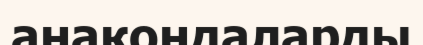
анакондаларды